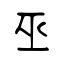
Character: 巫